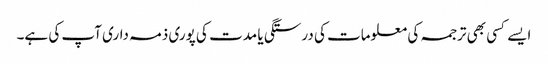
ایسے کسی بھی ترجمہ کی معلومات کی درستگی یا مدت کی پوری ذمہ داری آپ کی ہے۔